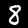
Label: 8